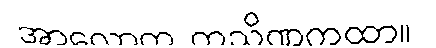
အာလောက ကသိဏကထာ။